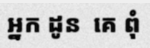
អ្នក ដូន  គេ ពុំ